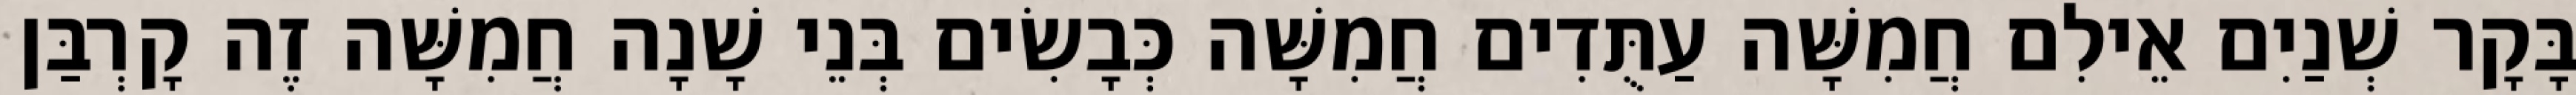
בָּקָר שְׁנַיִם אֵילִם חֲמִשָּׁה עַתֻּדִים חֲמִשָּׁה כְּבָשִׂים בְּנֵי שָׁנָה חֲמִשָּׁה זֶה קָרְבַּן